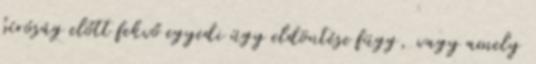
bíróság előtt fekvő egyedi ügy eldöntése függ, vagy amely